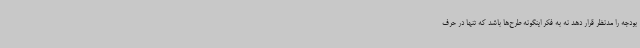
بودجه را مدنظر قرار دهد نه به فکر اینگونه طرح‌ها باشد که تنها در حرف